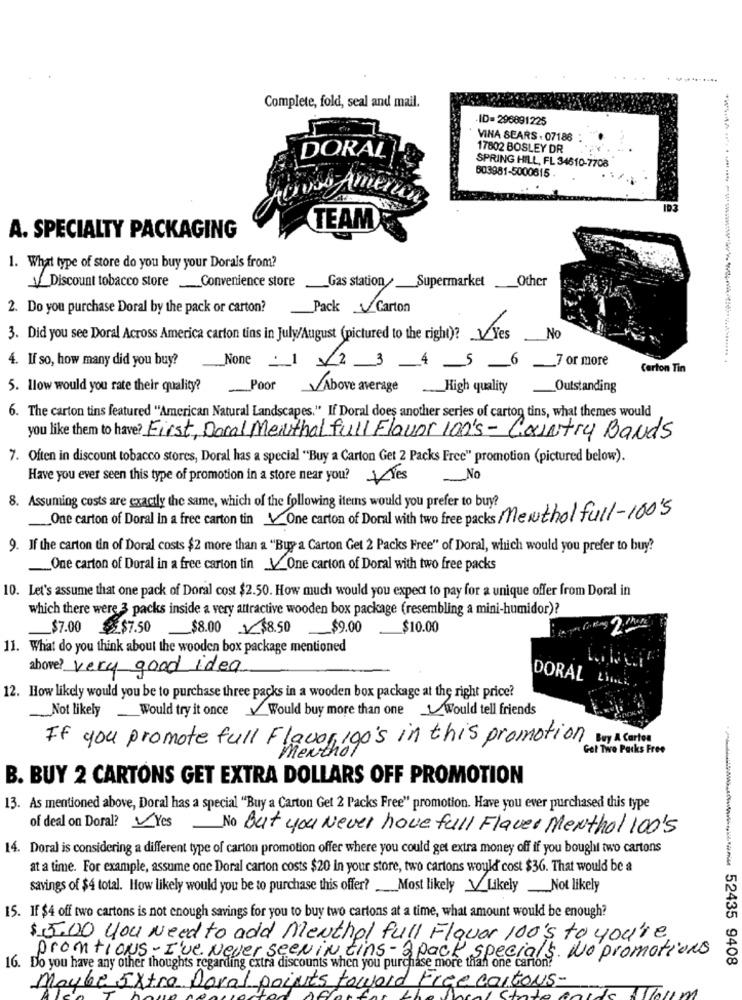
.....
Complete, fold, seal and mail.
ID=296891225
VINA SEARS . 07186
17002 BOSLEY DR
DORAL
SPRING HILL, FL 34610-7708
803981-5000615
Boos America
TEAM
A. SPECIALTY PACKAGING
1. What type of store do you buy your Dorals from?
Gas station_Supermarket_Other
V Discount tobacco store_Convenience store
2. Do you purchase Doral by the pack or carton?
Pack Carton
3. Did you see Doral Across America carton tins in July/August (pictured to the right)? VYes
No
4. If so, how many did you buy?
None : 1 2 3 4 5 _6_7 or more
Certon Tin
5. llow would you rate their quality?
Poor VAbove average _High quality
Outstanding
6. The carton tins featured "American Natural Landscapes." If Doral does another series of carton tins, what themes would
you like them to have? First, Doral Menthal full Flavor 100's- Country Bands
7. Often in discount tobacco stores, Doral has a special "Buy a Carton Get 2 Packs Free" promotion (pictured below).
Have you ever seen this type of promotion in a store near you? Les
No
8. Assuming costs are exactly the same, which of the following items would you prefer to buy?
_One carton of Doral in a free carton tin VOne carton of Doral with two free packs Menthol full-100's
9. If the carton tin of Doral costs $2 more than a "Buy a Carton Get 2 Packs Free" of Doral, which would you prefer to buy?
One carton of Doral in a free carton tin VOne carton of Doral with two free packs
10. Let's assume that one pack of Doral cost $2.50. How much would you expect to pay for a unique offer from Doral in
which there were 3 packs inside a very attractive wooden box package (resembling a mini-humidor)?
_$7.00
$7.50
_$8.00 $8.50 $9.00
$10.00
11. What do you think about the wooden box package mentioned
above? very good idea
DORAL Link.
12. How likely would you be to purchase three packs in a wooden box package at the right price?
Not likely Would try it once
Would buy more than one Would tell friends
If you promote full Flavorigo's in this promotion by A Cortos
Got Two Packs Free
B. BUY 2 CARTONS GET EXTRA DOLLARS OFF PROMOTION
13. As mentioned above, Doral has a special "Buy a Carton Get 2 Packs Free" promotion. Have you ever purchased this type
of deal on Doral? VYes No But you Never have full Flaver Menthol 100's
14. Doral is considering a different type of carton promotion offer where you could get extra money off if you bought two cartons
at a time. For example, assume one Doral carton costs $20 in your store, two cartons would cost $36. That would be a
savings of $4 total. How likely would you be to purchase this offer? Most likely LikelyNot likely
15. If $4 off two cartons is not enough savings for you to buy two cartons at a time, what amount would be enough?
$5.00 you Need to add Menthol full Flavor 100's to you're
promtions - I've Never seen IN tins-2 pack specials. No promotions
//www 52435 9408
16. Do you have any other thoughts regarding extra discounts when you purchase more than one carton?
e cartons-
Maybe Extra Doral points toward